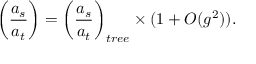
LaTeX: \biggl ( { \frac { a _ { s } } { a _ { t } } } \biggr ) = \biggl ( { \frac { a _ { s } } { a _ { t } } } \biggr ) _ { t r e e } \times ( 1 + O ( g ^ { 2 } ) ) .